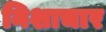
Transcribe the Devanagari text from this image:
निशाचार